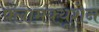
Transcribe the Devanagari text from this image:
फ्लामक्यूशेन